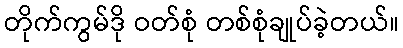
တိုက်ကွမ်ဒို ဝတ်စုံ တစ်စုံချုပ်ခဲ့တယ်။